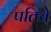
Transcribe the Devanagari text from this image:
पतिचे